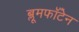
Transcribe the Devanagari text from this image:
ब्लूमफॉँटेन